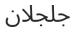
جلجلان